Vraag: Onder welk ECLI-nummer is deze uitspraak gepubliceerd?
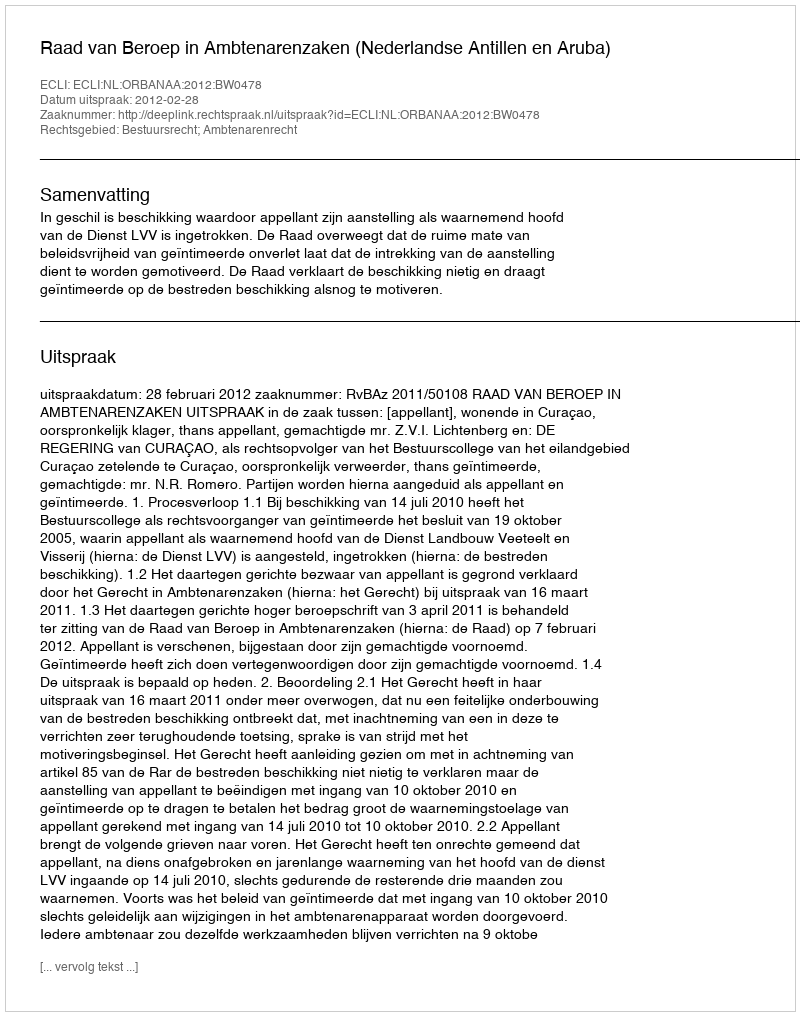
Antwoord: ECLI:NL:ORBANAA:2012:BW0478